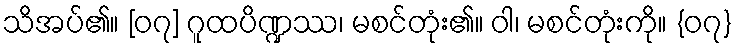
သိအပ်၏။ [၀၇] ဂူထပိဏ္ဍဿ၊ မစင်တုံး၏။ ဝါ၊ မစင်တုံးကို။ {၀၇}